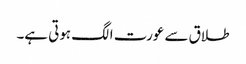
طلاق سے عورت الگ ہوتی ہے۔